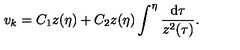
v _ { k } = C _ { 1 } z ( \eta ) + C _ { 2 } z ( \eta ) \int ^ { \eta } \frac { \mathrm { d } \tau } { z ^ { 2 } ( \tau ) } .